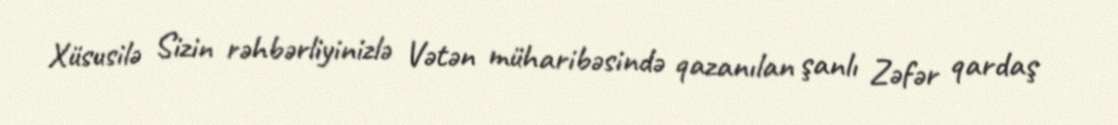
Xüsusilə Sizin rəhbərliyinizlə Vətən müharibəsində qazanılan şanlı Zəfər qardaş